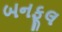
બનફૂલ